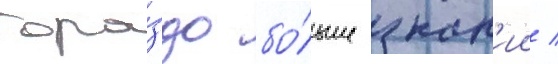
гора́здо бо́льше знан'ии /